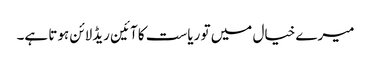
میرے خیال میں تو ریاست کا آئین ریڈلائن ہوتا ہے۔